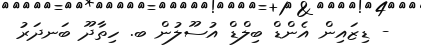
- ޑިޒައިން އެންޑް ބިލްޑް އުސޫލުން ބ. ހިތާދޫ ބަނދަރު